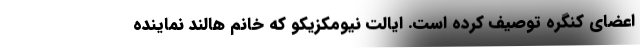
اعضای کنگره توصیف کرده است. ایالت نیومکزیکو که خانم هالند نماینده